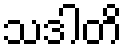
သဒါတိ